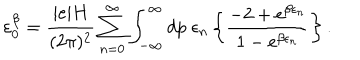
\varepsilon _ { 0 } ^ { \beta } = \frac { | e | H } { ( 2 \pi ) ^ { 2 } } \sum _ { n = 0 } ^ { \infty } \int _ { - \infty } ^ { \infty } d p \; \epsilon _ { n } \left\{ \frac { - 2 + \mathrm { e } ^ { \beta \epsilon _ { n } } } { 1 - \mathrm { e } ^ { \beta \epsilon _ { n } } } \right\} .